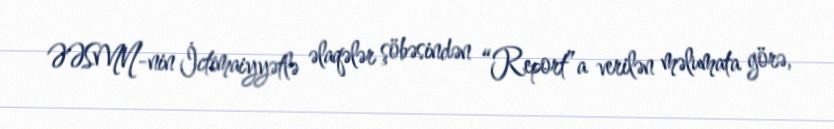
ƏƏSMN-nin İctimaiyyətlə əlaqələr şöbəsindən “Report”a verilən məlumata görə,